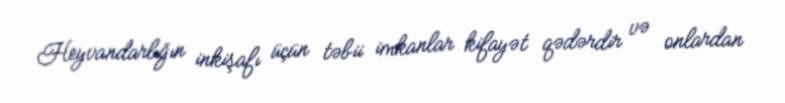
Heyvandarlığın inkişafı üçün təbii imkanlar kifayət qədərdir və onlardan